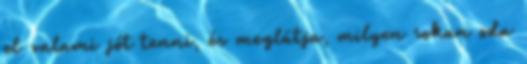
el valami jót tenni, és meglátja, milyen sokan oda